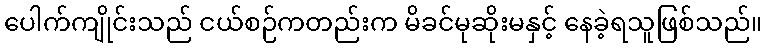
ပေါက်ကျိုင်းသည် ငယ်စဉ်ကတည်းက မိခင်မုဆိုးမနှင့် နေခဲ့ရသူဖြစ်သည်။